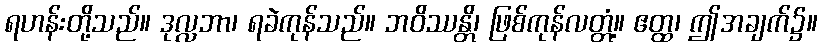
ရဟန်းတို့သည်။ ဒုလ္လဘာ၊ ရခဲကုန်သည်။ ဘဝိဿန္တိ၊ ဖြစ်ကုန်လတ္တံ့။ ဧတ္ထ၊ ဤအချက်၌။